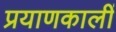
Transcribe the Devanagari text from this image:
प्रयाणकालीं